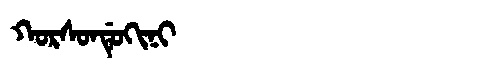
Manchu: ᡴᠣᡵᠰᠣᠨᡩᡠᡴᡳᠨᡳ
Romanization: KORSONDUKINI